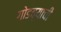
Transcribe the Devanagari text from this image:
गोडव्याची